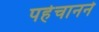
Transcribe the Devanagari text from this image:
पहेचानने